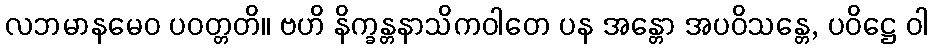
လဘမာနမေဝ ပဝတ္တတိ။ ဗဟိ နိက္ခန္တနာသိကဝါတေ ပန အန္တော အပဝိသန္တေ, ပဝိဋ္ဌေ ဝါ